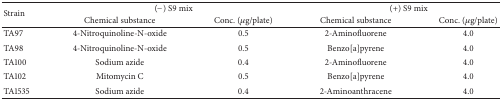
<table><thead><tr><td rowspan="2"><b>Strain </b></td><td colspan="2"><b>(−) S9 mix</b></td><td colspan="2"><b>(+) S9 mix</b></td></tr><tr><td><b>Chemical substance</b></td><td><b>Conc. (<i>μ</i>g/plate)</b></td><td><b>Chemical substance</b></td><td><b>Conc. (<i>μ</i>g/plate)</b></td></tr></thead><tbody><tr><td>TA97</td><td>4-Nitroquinoline-N-oxide </td><td>0.5</td><td>2-Aminofluorene</td><td>4.0</td></tr><tr><td>TA98</td><td>4-Nitroquinoline-N-oxide</td><td>0.5</td><td>Benzo[a]pyrene</td><td>4.0</td></tr><tr><td>TA100</td><td>Sodium azide</td><td>0.4</td><td>2-Aminofluorene</td><td>4.0</td></tr><tr><td>TA102</td><td>Mitomycin C</td><td>0.5</td><td>Benzo[a]pyrene</td><td>4.0</td></tr><tr><td>TA1535</td><td>Sodium azide</td><td>0.4</td><td>2-Aminoanthracene</td><td>4.0</td></tr></tbody></table>